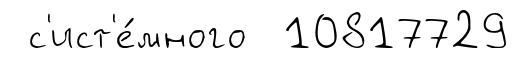
с'ист'е́много 10817729